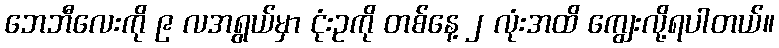
ဘေဘီလေးကို ၉ လအရွယ်မှာ ငုံးဥကို တစ်နေ့ ၂ လုံးအထိ ကျွေးလို့ရပါတယ်။